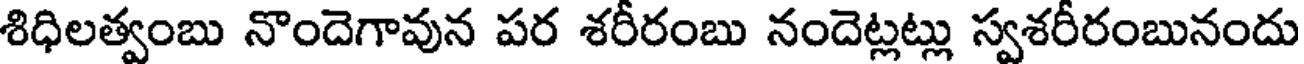
శిధిలత్వంబు నొందెగావున పర శరీరంబు నందెట్లట్లు స్వశరీరంబునందు